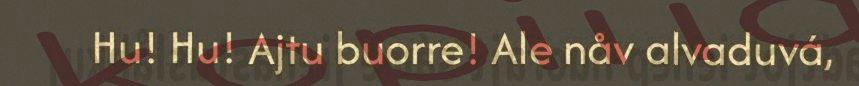
Hu! Hu! Ajtu buorre! Ale nåv alvaduvá,